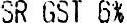
SR GST 6%